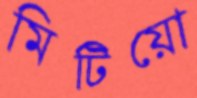
মিটিয়ো